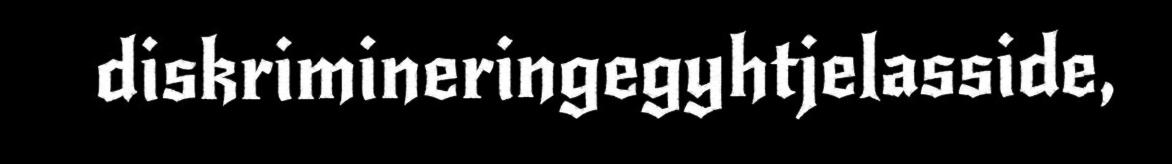
diskrimineringegyhtjelasside,